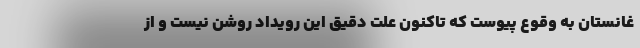
غانستان به وقوع پیوست که تاکنون علت دقیق این رویداد روشن نیست و از